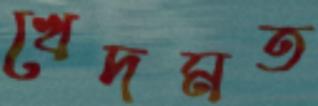
খেদমত